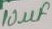
Text: 10µF